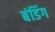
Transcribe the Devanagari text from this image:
बंडिंग